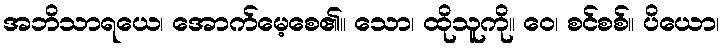
အဘိသာရယေ၊ အောက်မေ့စေ၏။ သော၊ ထိုသူကို။ ဝေ၊ စင်စစ်။ ပိယော၊